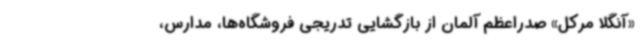
«آنگلا مرکل» صدراعظم آلمان از بازگشایی تدریجی فروشگاه‌ها، مدارس،